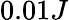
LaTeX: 0.01J